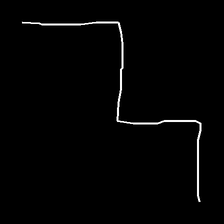
Glyph: crush